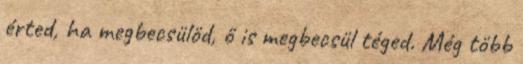
érted, ha megbecsülöd, ő is megbecsül téged. Még több